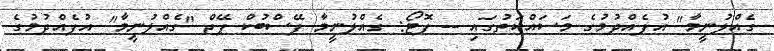
ގެއްލުނީމާ" އުފެއްދުމުގެ މަސައްކަތުގައި -- ފޮޓޯ: ގެއްލުނީމާ ފޭސްބުކް ޕޭޖް "ގެއްލުނީމާ" އުފެއްދުމުގެ